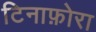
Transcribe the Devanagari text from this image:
टिनाफ़ोरा